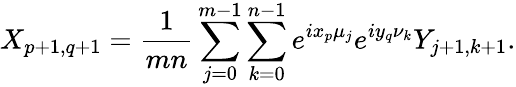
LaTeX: X_{p+1,q+1}=\frac{1}{mn}\sum_{j=0}^{m-1}\sum_{k=0}^{n-1}e^{ix_{p}\mu_{j}}e^{iy_{q}\nu_{k}}Y_{j+1,k+1}.